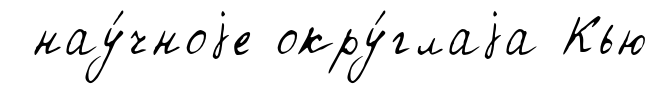
нау́чноjе окру́глаjа Кью